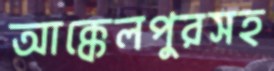
আক্কেলপুরসহ